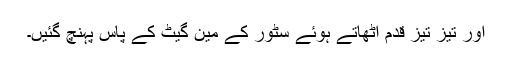
اور تیز تیز قدم اُٹھاتے ہوئے سٹور کے مین گیٹ کے پاس پہنچ گئیں۔